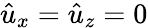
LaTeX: \hat{u}_{x}=\hat{u}_{z}=0